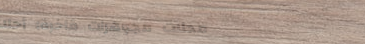
محلات مجوهرات فاخرة: أحلا